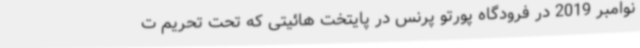
نوامبر 2019 در فرودگاه پورتو پرنس در پایتخت هائیتی که تحت تحریم ت